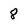
Character: 8